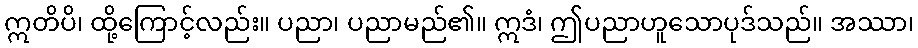
ဣတိပိ၊ ထို့ကြောင့်လည်း။ ပညာ၊ ပညာမည်၏။ ဣဒံ၊ ဤပညာဟူသောပုဒ်သည်။ အဿာ၊